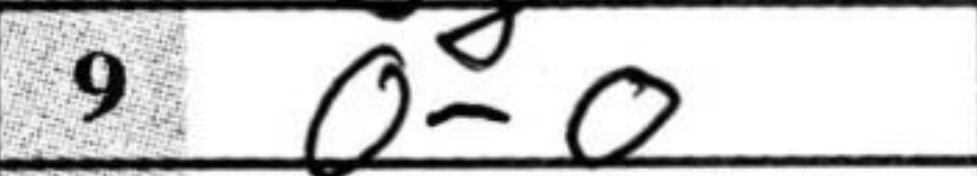
Transcription: O-O